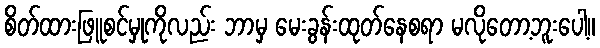
စိတ်ထားဖြူစင်မှုကိုလည်း ဘာမှ မေးခွန်းထုတ်နေစရာ မလိုတော့ဘူးပေါ့။